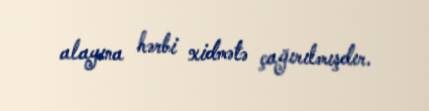
alayına hərbi xidmətə çağırılmışdır.